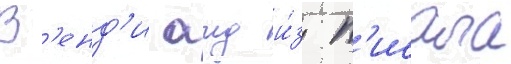
В'енд'и аид и́з п'исала